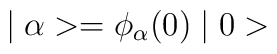
\mid \alpha > = \phi_{\alpha} (0)\mid 0 >